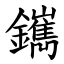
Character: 䥴